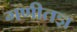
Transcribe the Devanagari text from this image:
गणीतज्ञ